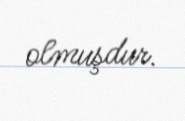
olmuşdur.